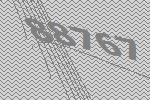
88767